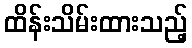
ထိန်းသိမ်းထားသည့်